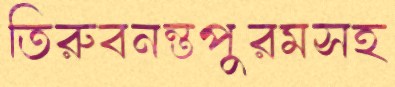
তিরুবনন্তপুরমসহ